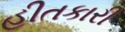
હીતકારી